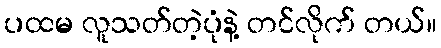
ပထမ လူသတ်တဲ့ပုံနဲ့ တင်လိုက် တယ်။